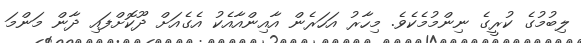
ލިބުމުގެ ކުރީގެ ނިންމުމެކެވެ. މިހާރު އަހަރެން އާއިންއާއެކު އެގެއަށް ދޫކޮށްފައި ދާން މަންމަ